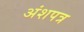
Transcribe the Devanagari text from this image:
अंशपत्र